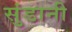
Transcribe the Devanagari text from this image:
सुंडानी